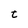
Character: t